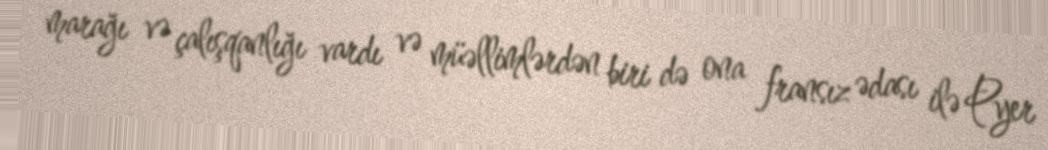
marağı və çalışqanlığı vardı və müəllimlərdən biri də ona fransız ədası ilə Pyer